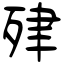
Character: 肂